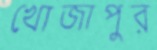
খোজাপুর